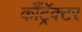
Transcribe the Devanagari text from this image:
कॉँट्रॅक्टर